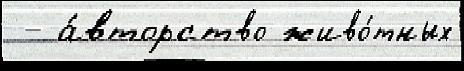
 - а́вторство живо́тных